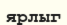
ярлыг